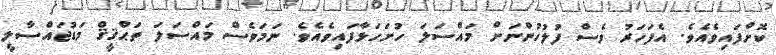
ކޮށްފައިވެއެވެ. އެފަހަރު ވެސް ފުލުހުންނަށް މައްސަލަ ހުށަހަޅާފައިވެއެވެ. ނަމަވެސް މައްސަލަ ތަޙްޤީޤް މަޑުޖައްސާލީ